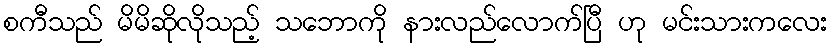
စကီသည် မိမိဆိုလိုသည့် သဘောကို နားလည်လောက်ပြီ ဟု မင်းသားကလေး